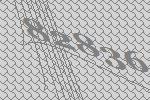
82836